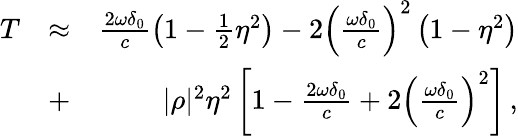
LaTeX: \begin{array}{rlr}{T}&{\approx}&{\frac{2\omega\delta_{0}}{c}\left(1-\frac{1}{2}\eta^{2}\right)-2\left(\frac{\omega\delta_{0}}{c}\right)^{2}\left(1-\eta^{2}\right)}\\ &{+}&{|\rho|^{2}\eta^{2}\left[1-\frac{2\omega\delta_{0}}{c}+2\left(\frac{\omega\delta_{0}}{c}\right)^{2}\right]\, ,}\end{array}